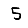
Digit: 5